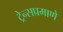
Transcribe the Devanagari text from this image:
ट्रेन्सप्रमाणे